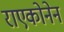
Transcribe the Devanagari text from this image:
राएकोनेन